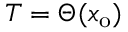
T = \Theta ( x _ { \mathrm { o } } )